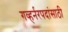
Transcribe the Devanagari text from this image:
गव्हर्नरपदांसाठी